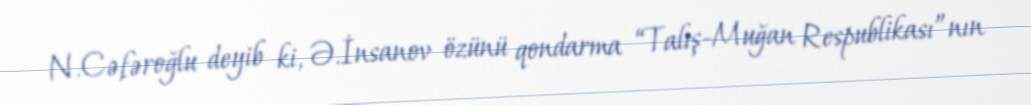
N.Cəfəroğlu deyib ki, Ə.İnsanov özünü qondarma “Talış-Muğan Respublikası”nın